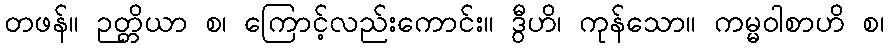
တဖန်။ ဉတ္တိယာ စ၊ ကြောင့်လည်းကောင်း။ ဒွီဟိ၊ ကုန်သော။ ကမ္မဝါစာဟိ စ၊